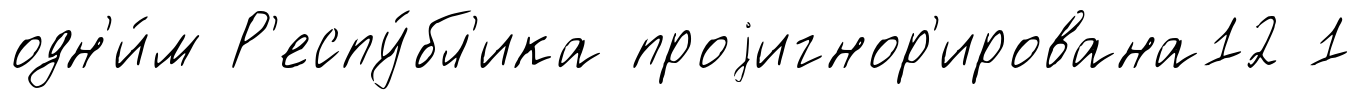
одн'и́м Р'еспу́бл'ика проjигнор'ирована12 1